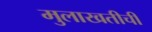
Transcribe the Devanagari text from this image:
मुलाखतीची